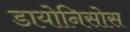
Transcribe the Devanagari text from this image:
डायोनिसोस